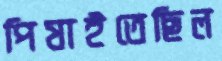
পিষাইতেছিল